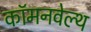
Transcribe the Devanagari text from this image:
कॉमनवेल्‍थ